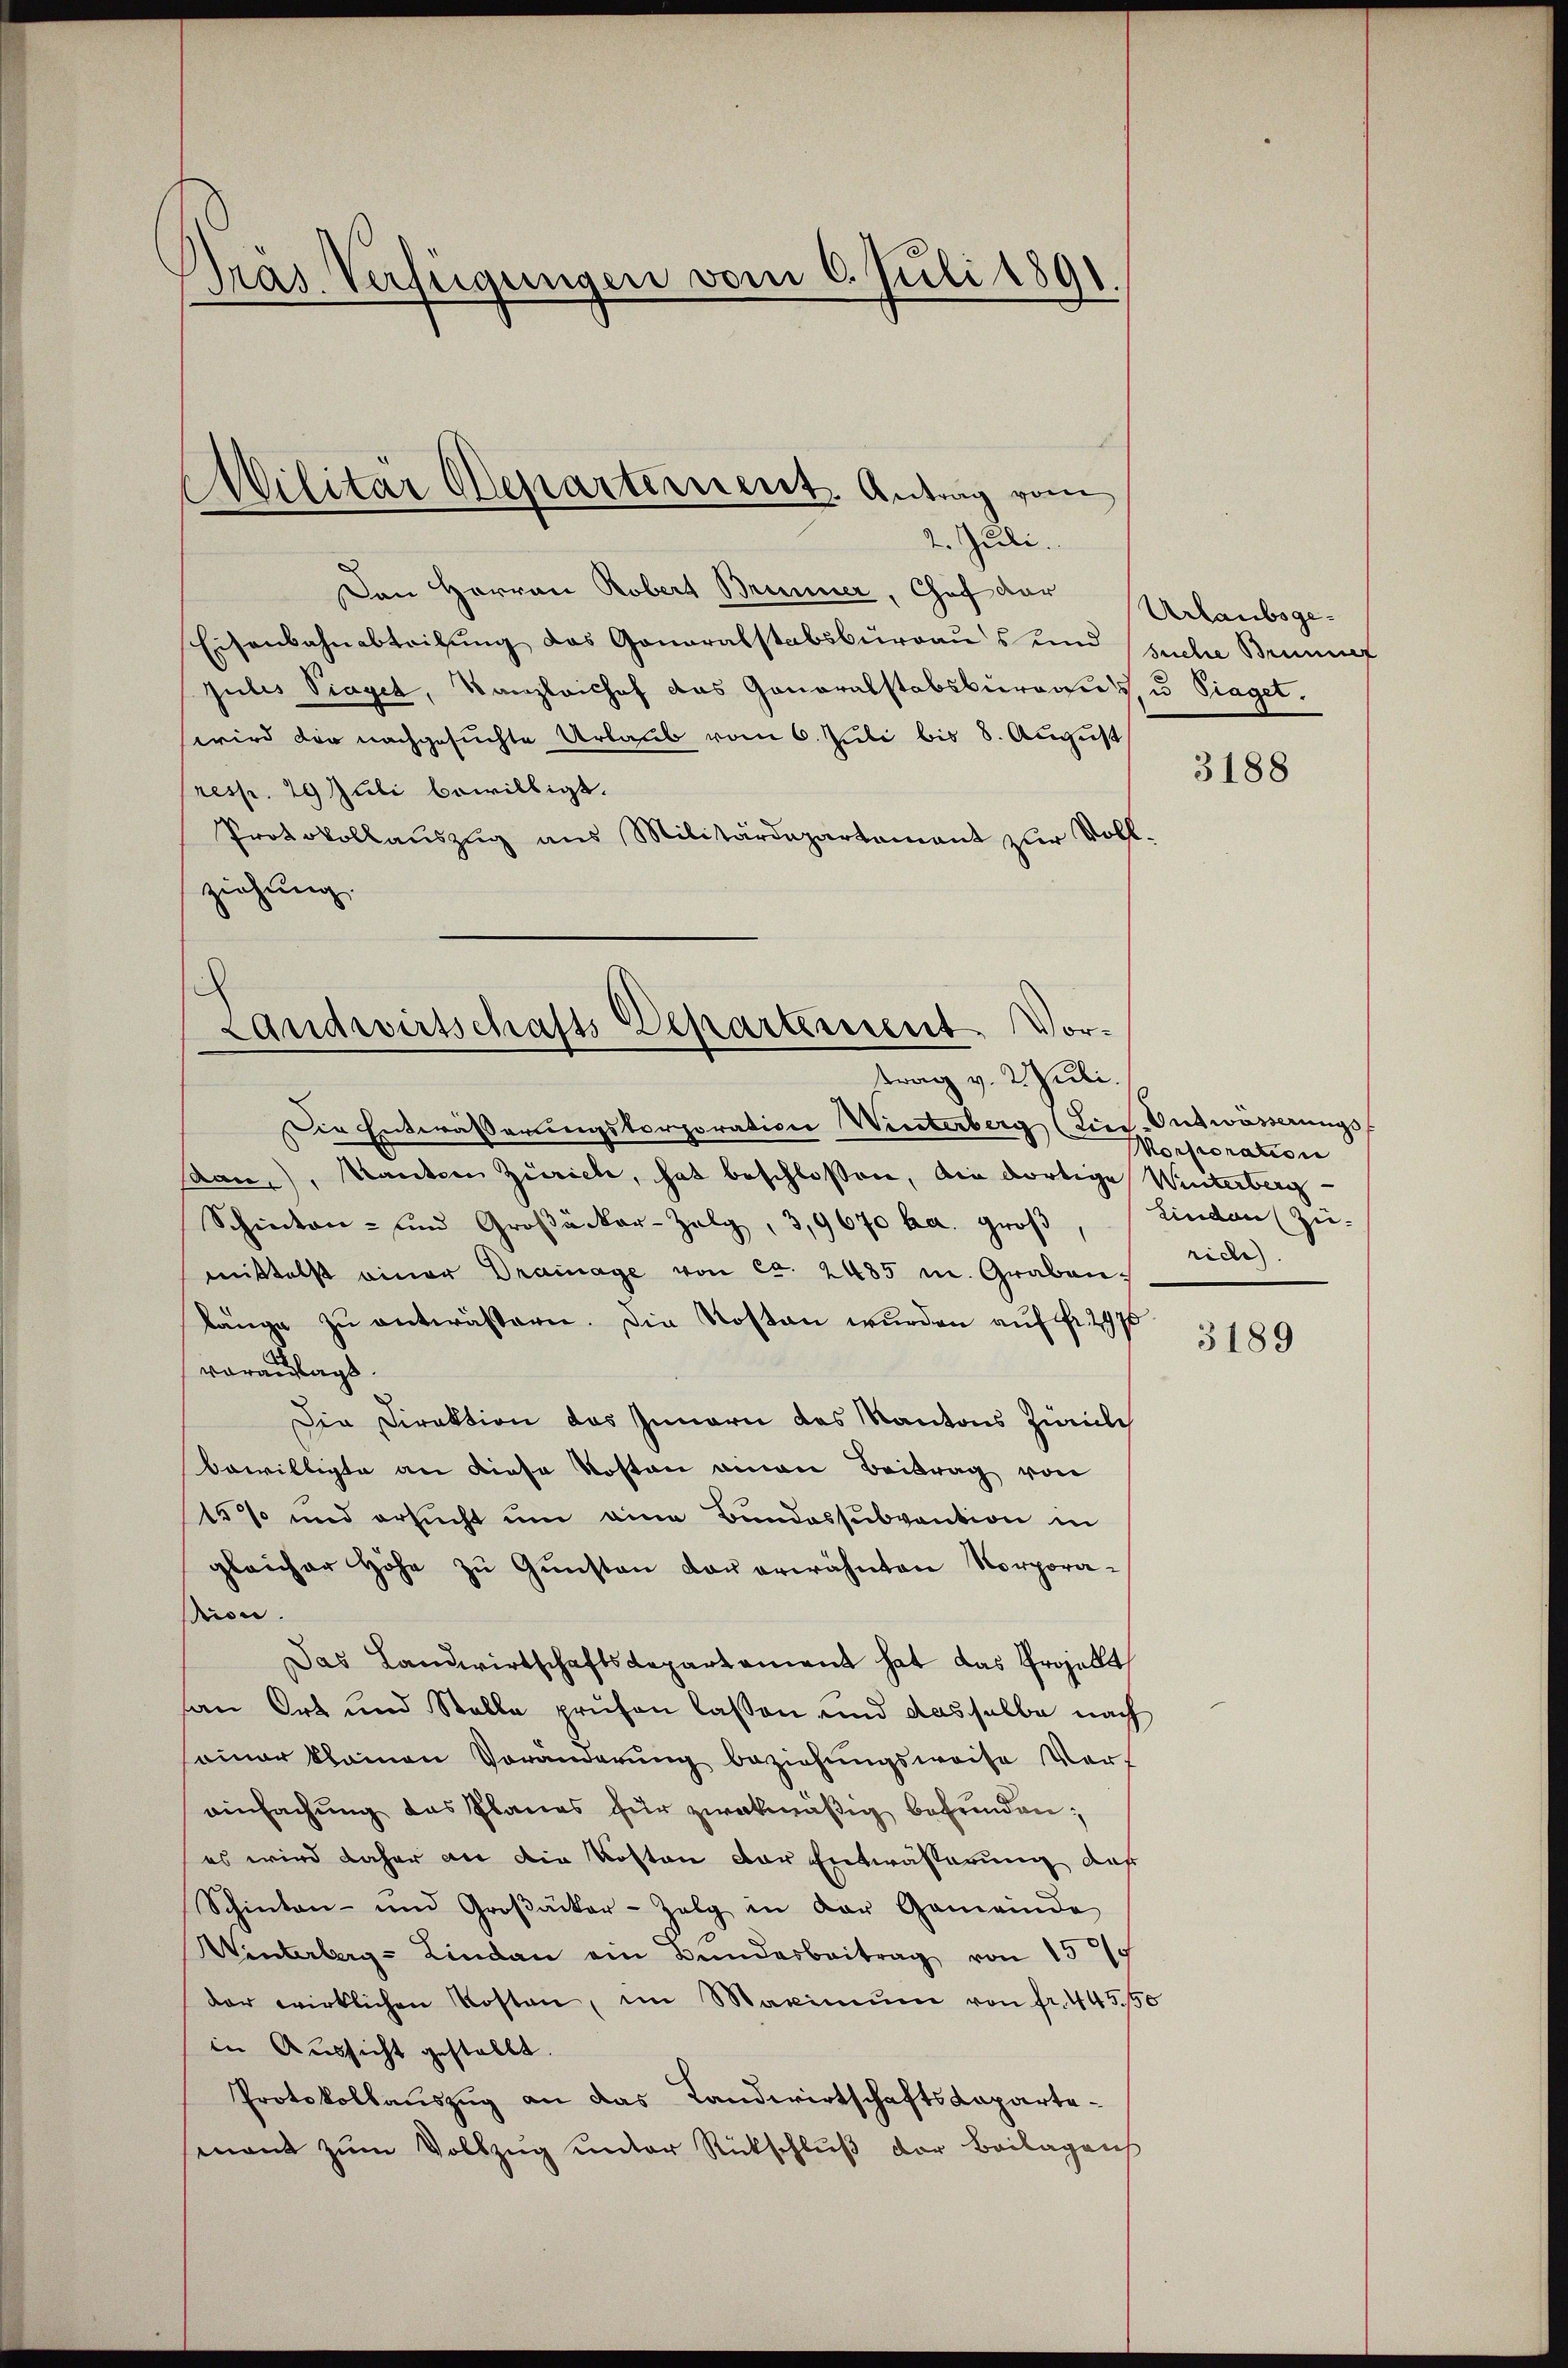
Präs. Verfügungen vom 6. Juli 1891.

Militär Departernent. Antrag vom
2. Juli.

Den Harron Robert Brunner, Chef der Urlaubsge-
Eisenbahnabteilung das Gonoralstabsburgaus und suche Brunnuf
gulis Piaget, Kanzleishof das Generalstabsburaris, u. Sieget.
wird der nachgesuchte Urlaub vom 6. Juli bis 8. August
resp. 29 Juli bewilligt.
Protokollauszug aus Militärdepartamant zur Vollziehung.

Landwirtschafts-Departement. Vortrag v. Juli.

Die Entwässerungskorporation Winterberg (Liee-Entwässerungsdan), anten Zürich, hat beschloßen, die dortige Winterberg
Schinten- und Großacker-Zelg, 3,9670 ka. Groß
mittelst einer Drainage von ca. 2485 u. Grabenlänge zu entwässern. Die Kosten wurden auf Fr. 2975
vorauslagt.
Die Direktion des Innern des Kantons Zivile
bewilligte an diese Kosten einen Beitrag von
15% und ersucht um eine Bundessubvention in
gleicher Höhe zŭ Gŭnsten der erwähnten Korpora-
tion.
Das Landwirtschaftsdepartement hat das Projekt,
an Ort und Stelle prüfen lassen und dasselbe nach
einer klainen Veränderŭng beziehungsweise Ver-
einfachung des Planes für zweckmäßig befunden;
es wird daher an die Kosten der Entwässerung daß
Schinten- und Groβäcker-Zelg in der Gemeinde
Winterberg-Lindau ein Bundesbeitrag von 15
der wirklichen Kosten, im Maximŭm von fr. 445,50
in Aussicht gestellt.
d
Protokollauszug an das Landwirtschaftskapartemant zum Vollzug unter Rückschluß der Beilagen

3188

Morporation
Lindau (zu-
rich).

3189